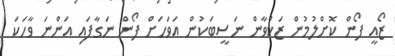
ޒޯއީ ފޯން ކޮށްލުމުން ޒަކްވާން ނަސީބަކުން އަވަހަށް ފޯން ނަގާފައި އަންނަ ވާހަކަ